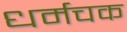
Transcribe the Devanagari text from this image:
धर्मचक